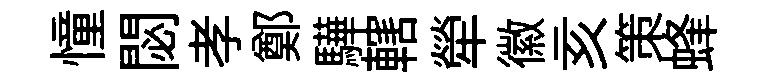
憧閟孝鄭驊轄犖徽亥策蜂